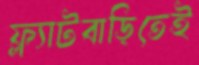
ফ্ল্যাটবাড়িতেই